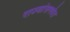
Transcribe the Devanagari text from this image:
राज्यांसमवेत